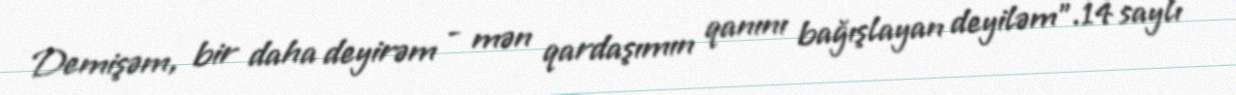
Demişəm, bir daha deyirəm - mən qardaşımın qanını bağışlayan deyiləm”.14 saylı